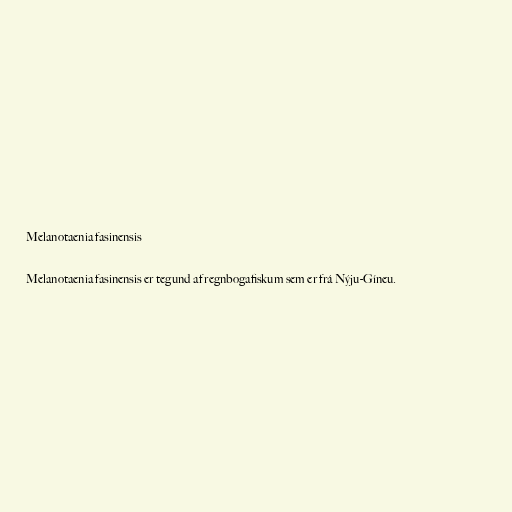
Melanotaenia fasinensis

Melanotaenia fasinensis er tegund af regnbogafiskum sem er frá Nýju-Gíneu.